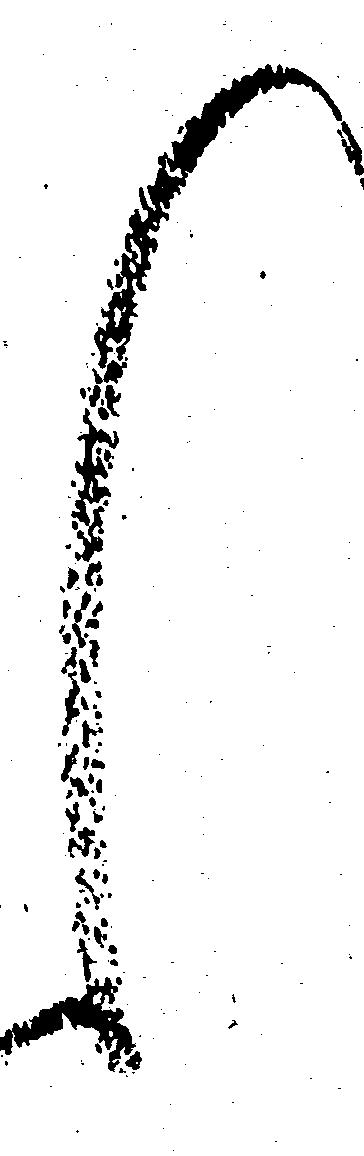
く